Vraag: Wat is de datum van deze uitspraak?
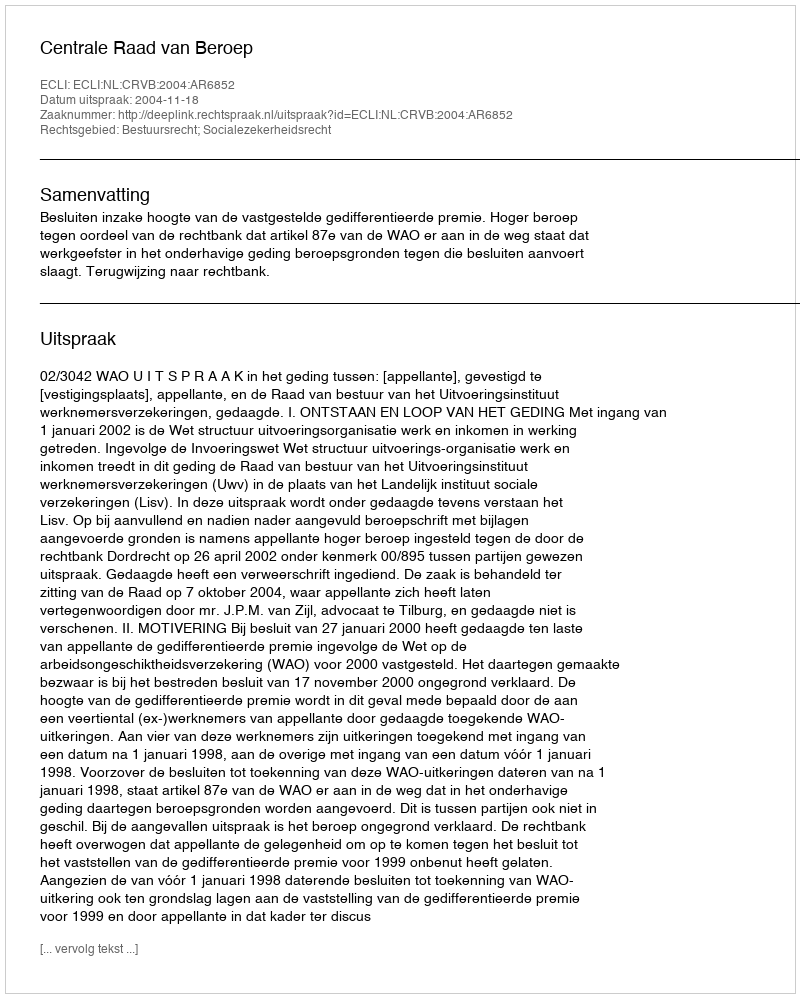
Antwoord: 2004-11-18